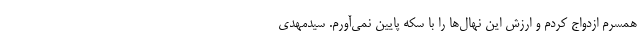
همسرم ازدواج کردم و ارزش این نهال‌ها را با سکه پایین نمی‌آورم. سیدمهدی